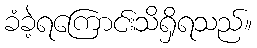
ခံခဲ့ရကြောင်းသိရှိရသည်။